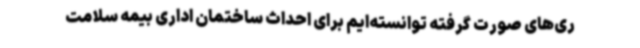
ری‌های صورت گرفته توانسته‌ایم برای احداث ساختمان اداری بیمه سلامت